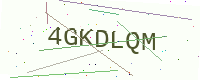
Text: 4GKDLQM